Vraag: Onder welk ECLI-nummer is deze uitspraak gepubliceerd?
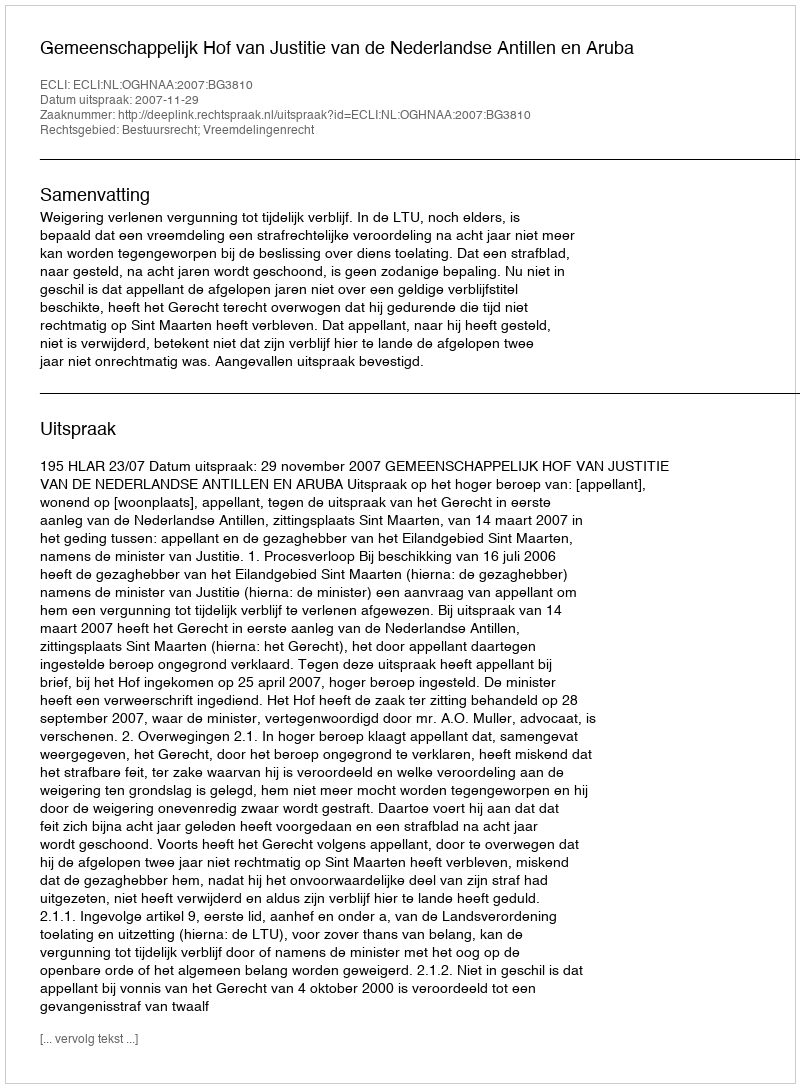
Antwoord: ECLI:NL:OGHNAA:2007:BG3810